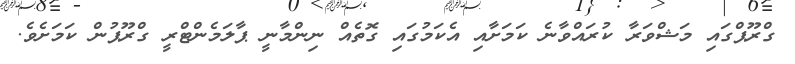
ގްރޫޕްގައި މަޝްވަރާ ކުރައްވާނެ ކަމަށާއި އެކަމުގައި ގޮތެއް ނިންމާނީ ޕާލަމެންޓްރީ ގްރޫޕުން ކަމަށެވެ.